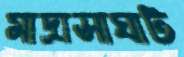
মাদ্রাসাঘাট